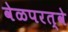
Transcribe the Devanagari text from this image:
वेळपरत्वे